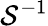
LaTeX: \mathcal{S}^{-1}